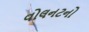
વોલનટનો